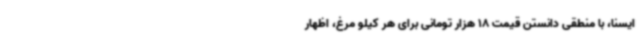
ایسنا، با منطقی دانستن قیمت 18 هزار تومانی برای هر کیلو مرغ، اظهار